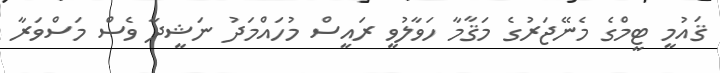
ޤައުމީ ޓީމްގެ މެނޭޖަރުގެ މަޤާމާ ހަވާލުވީ ރައީސް މުހައްމަދު ނަޝީދާ ވެސް މަސްވަރާ